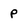
Character: P